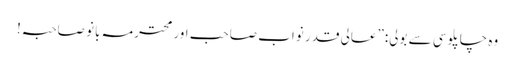
وہ چاپلوسی سے بولی:”عالی قدر نواب صاحب اور محترمہ بانو صاحبہ!